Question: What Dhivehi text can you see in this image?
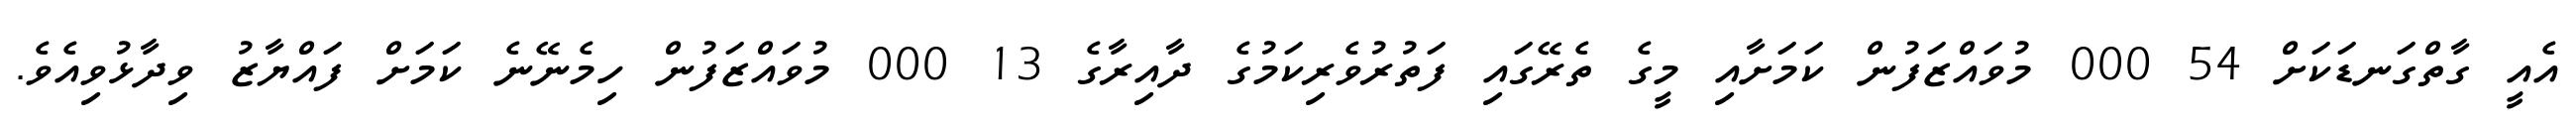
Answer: އެއީ ގާތްގަނޑަކަށް 54 000 މުވައްޒަފުން ކަމަށާއި މީގެ ތެރޭގައި ފަތުރުވެރިކަމުގެ ދާއިރާގެ 13 000 މުވައްޒަފުން ހިމެނޭނެ ކަމަށް ފައްޔާޒު ވިދާޅުވިއެވެ.